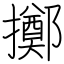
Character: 擲